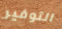
التوفير